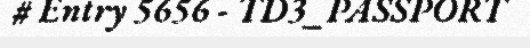
# Entry 5656 - TD3_PASSPORT